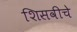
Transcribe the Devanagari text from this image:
शिसवीचे